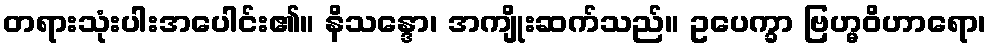
တရားသုံးပါးအပေါင်း၏။ နိသန္ဒော၊ အကျိုးဆက်သည်။ ဥပေက္ခာ ဗြဟ္မဝိဟာရော၊